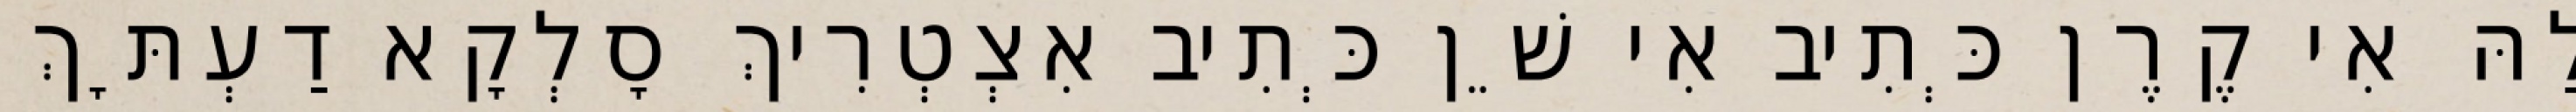
לַהּ אִי קֶרֶן כְּתִיב אִי שֵׁן כְּתִיב אִצְטְרִיךְ סָלְקָא דַעְתָּךְ